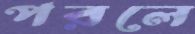
পরলে